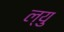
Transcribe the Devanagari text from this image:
ल्यु